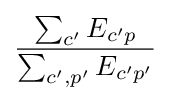
{\frac {\sum _{c'}E_{c'p}}{\sum _{c',p'}E_{c'p'}}}